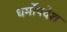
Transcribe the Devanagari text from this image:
धर्मोंपदेश